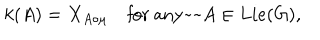
k ( A ) = X _ { A \circ \mu } \quad \mathrm { f o r ~ a n y ~ ~ } A \in L i e ( G ) ,